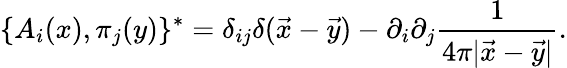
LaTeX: \{ A_{i}(x),\pi_{j}(y)\} ^{\ast}=\delta_{ij}\delta({\vec{x}}-{\vec{y}})-\partial_{i}\partial_{j}{\frac{1}{4\pi|{\vec{x}}-{\vec{y}}|}}.